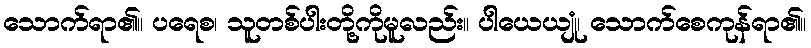
သောက်ရာ၏။ ပရေစ၊ သူတစ်ပါးတို့ကိုမူလည်း။ ပါယေယျုံ၊ သောက်စေကုန်ရာ၏။